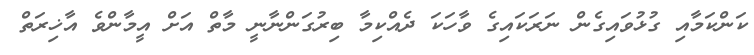
ކަންކަމާއި ގުޅުވައިގެން ނަރަކައިގެ ވާހަކަ ދެއްކިމާ ބިރުގަންނާނީ މާތް އަށް އީމާންވެ އާޚިރަތް